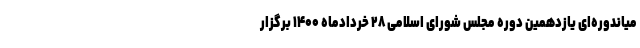
میاندوره‌ای یازدهمین دوره مجلس شورای اسلامی ۲۸ خردادماه ۱۴۰۰ برگزار